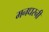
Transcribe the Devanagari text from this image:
मनधरनी